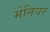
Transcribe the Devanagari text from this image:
मेनियर